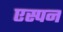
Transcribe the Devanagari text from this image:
एस्पन